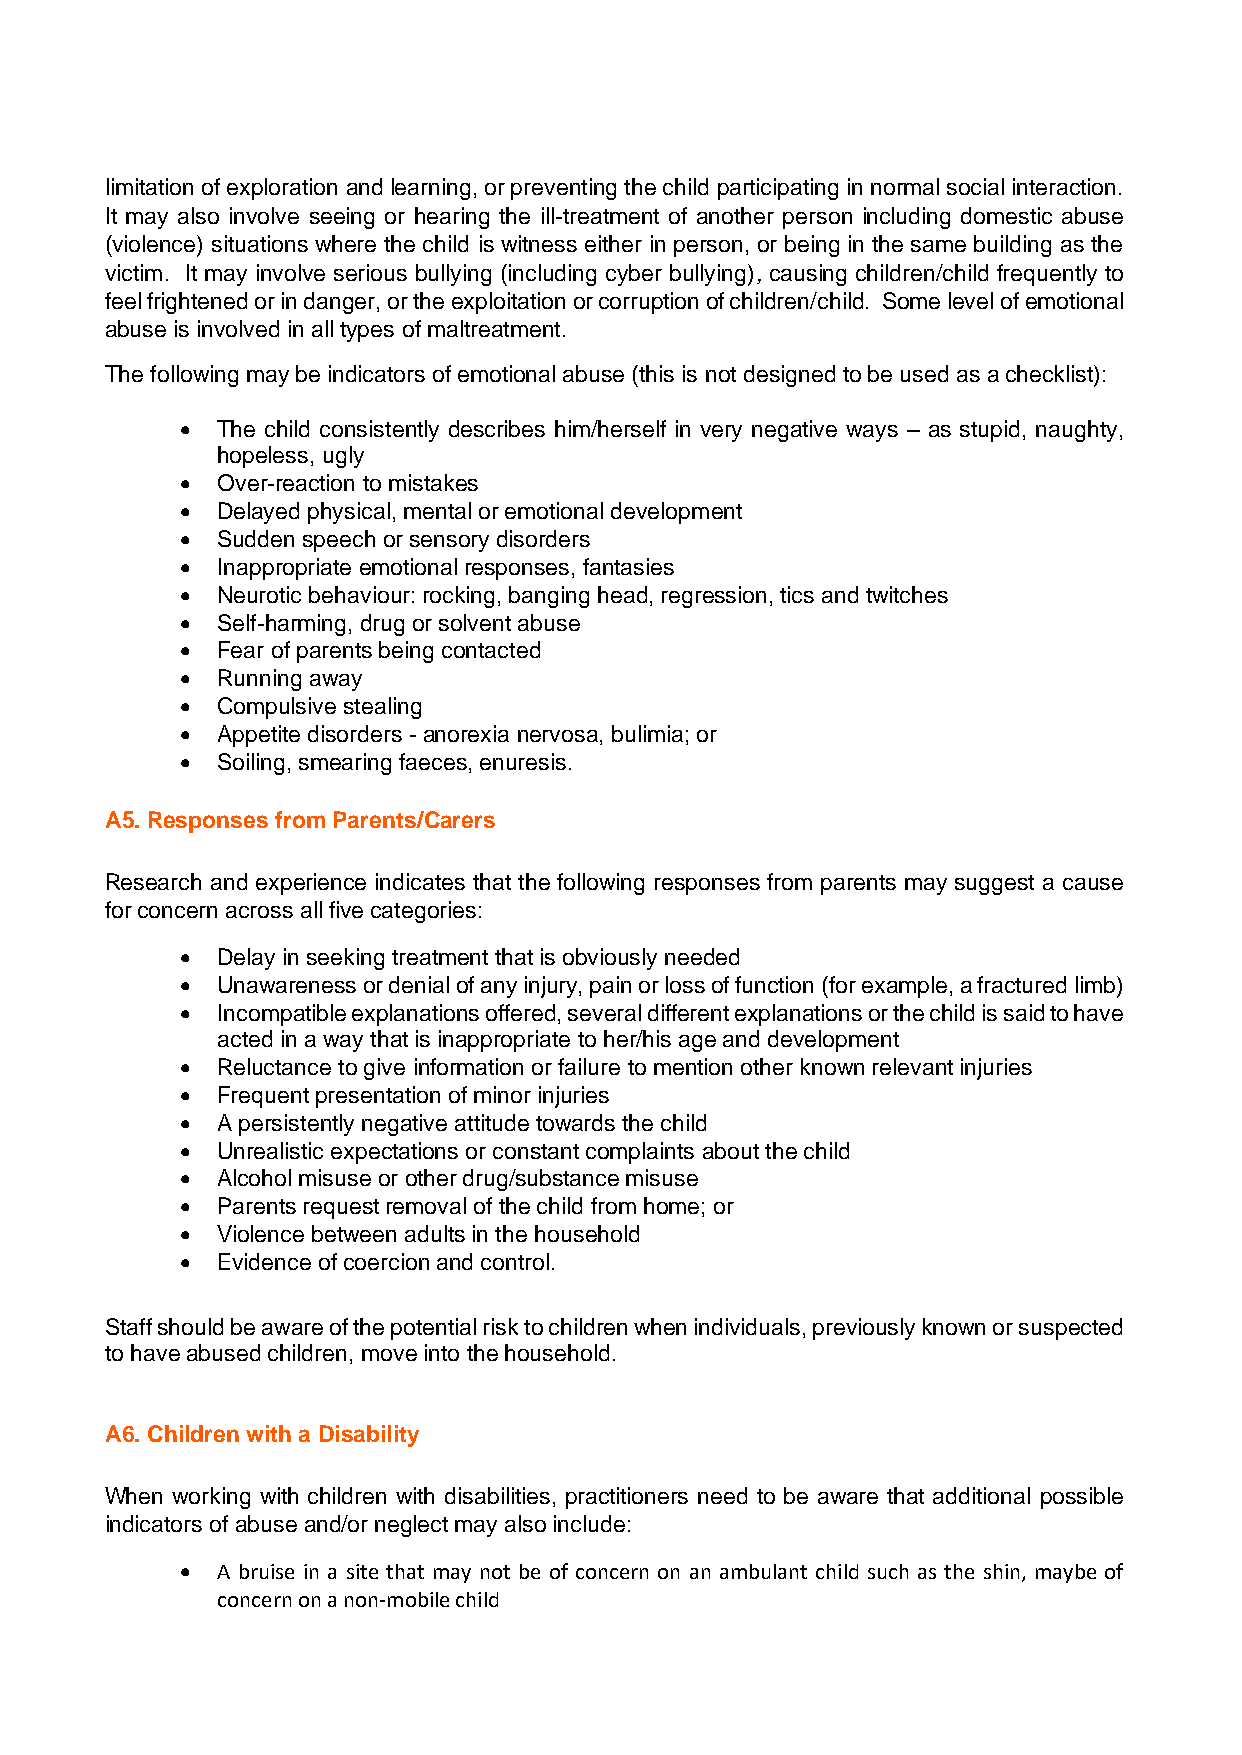
limitation of exploration and learning, or preventing the child participating in normal social interaction.
 It may also involve seeing or hearing the ill-treatment of another person including domestic abuse
 (violence) situations where the child is witness either in person, or being in the same building as the
 victim. It may involve serious bullying (including cyber bullying), causing children/child frequently to
 feel frightened or in danger, or the exploitation or corruption of children/child. Some level of emotional
 abuse is involved in all types of maltreatment.
 The following may be indicators of emotional abuse (this is not designed to be used as a checklist):
 • The child consistently describes him/herself in very negative ways – as stupid, naughty,
 hopeless, ugly
 • Over-reaction to mistakes
 • Delayed physical, mental or emotional development
 • Sudden speech or sensory disorders
 • Inappropriate emotional responses, fantasies
 • Neurotic behaviour: rocking, banging head, regression, tics and twitches
 • Self-harming, drug or solvent abuse
 • Fear of parents being contacted
 • Running away
 • Compulsive stealing
 • Appetite disorders - anorexia nervosa, bulimia; or
 • Soiling, smearing faeces, enuresis.
 A5. Responses from Parents/Carers
 Research and experience indicates that the following responses from parents may suggest a cause
 for concern across all five categories:
 • Delay in seeking treatment that is obviously needed
 • Unawareness or denial of any injury, pain or loss of function (for example, a fractured limb)
 • Incompatible explanations offered, several different explanations or the child is said to have
 acted in a way that is inappropriate to her/his age and development
 • Reluctance to give information or failure to mention other known relevant injuries
 • Frequent presentation of minor injuries
 • A persistently negative attitude towards the child
 • Unrealistic expectations or constant complaints about the child
 • Alcohol misuse or other drug/substance misuse
 • Parents request removal of the child from home; or
 • Violence between adults in the household
 • Evidence of coercion and control.
 Staff should be aware of the potential risk to children when individuals, previously known or suspected
 to have abused children, move into the household.
 A6. Children with a Disability
 When working with children with disabilities, practitioners need to be aware that additional possible
 indicators of abuse and/or neglect may also include:
 • A bruise in a site that may not be of concern on an ambulant child such as the shin, maybe of
 concern on a non-mobile child